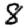
Digit: 8